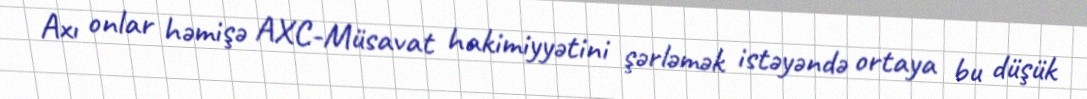
Axı onlar həmişə AXC-Müsavat hakimiyyətini şərləmək istəyəndə ortaya bu düşük